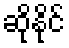
ဆိုနိုင်